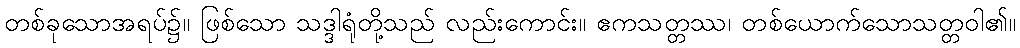
တစ်ခုသောအရပ်၌။ ဖြစ်သော သဒ္ဒါရုံတို့သည် လည်းကောင်း။ ဧကသတ္တဿ၊ တစ်ယောက်သောသတ္တဝါ၏။